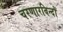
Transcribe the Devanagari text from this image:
चरणारविन्दों